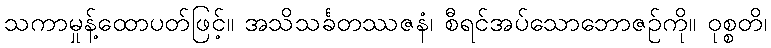
သကာမှုန့်ထောပတ်ဖြင့်။ အသိသင်္ခတဿဇနံ၊ စီရင်အပ်သောဘောဇဉ်ကို။ ဝုစ္စတိ၊